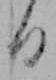
る